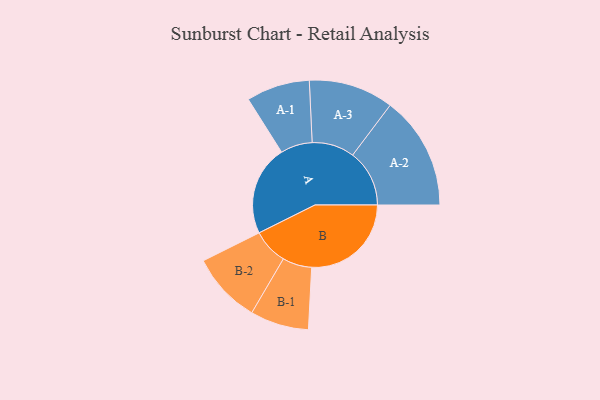
{"axis": {"x": "Segment", "y": "Value"}, "legend": ["", "A", "B"], "data": [{"x": "A", "y": 440, "type": ""}, {"x": "B", "y": 486, "type": ""}, {"x": "A-1", "y": 155, "type": "A"}, {"x": "A-2", "y": 277, "type": "A"}, {"x": "A-3", "y": 207, "type": "A"}, {"x": "B-1", "y": 143, "type": "B"}, {"x": "B-2", "y": 173, "type": "B"}]}